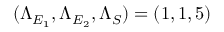
( \Lambda _ { E _ { 1 } } , \Lambda _ { E _ { 2 } } , \Lambda _ { S } ) = ( 1 , 1 , 5 )